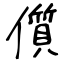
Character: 儨